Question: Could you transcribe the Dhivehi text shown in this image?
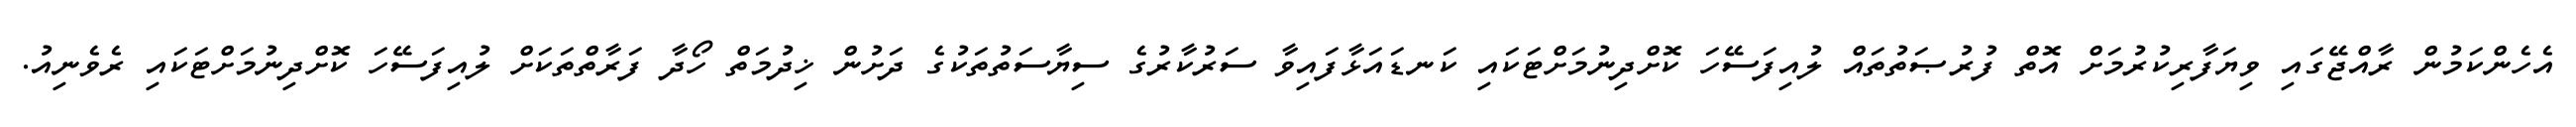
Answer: އެހެންކަމުން ރާއްޖޭގައި ވިޔަފާރިކުރުމަށް އޮތް ފުރުޞަތުތައް ލުއިފަސޭހަ ކޮށްދިނުމަށްޓަކައި ކަނޑައަޅާފައިވާ ސަރުކާރުގެ ސިޔާސަތުތަކުގެ ދަށުން ޚިދުމަތް ހޯދާ ފަރާތްތަކަށް ލުއިފަސޭހަ ކޮށްދިނުމަށްޓަކައި ރެވެނިއު.